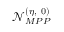
\mathcal { N } _ { M P P } ^ { ( \eta , ~ 0 ) }